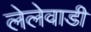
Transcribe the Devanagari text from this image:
लेलेवाडी